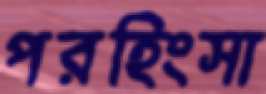
পরহিংসা